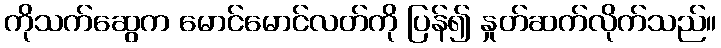
ကိုသက်ဆွေက မောင်မောင်လတ်ကို ပြန်၍ နှုတ်ဆက်လိုက်သည်။